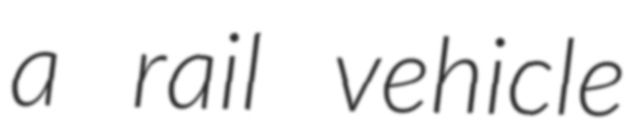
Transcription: a rail vehicle